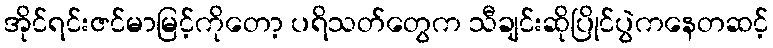
အိုင်ရင်းဇင်မာမြင့်ကိုတော့ ပရိသတ်တွေက သီချင်းဆိုပြိုင်ပွဲကနေတဆင့်